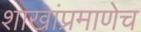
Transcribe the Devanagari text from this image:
शाखांप्रमाणेच